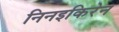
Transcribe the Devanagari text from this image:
निनइकिरेन